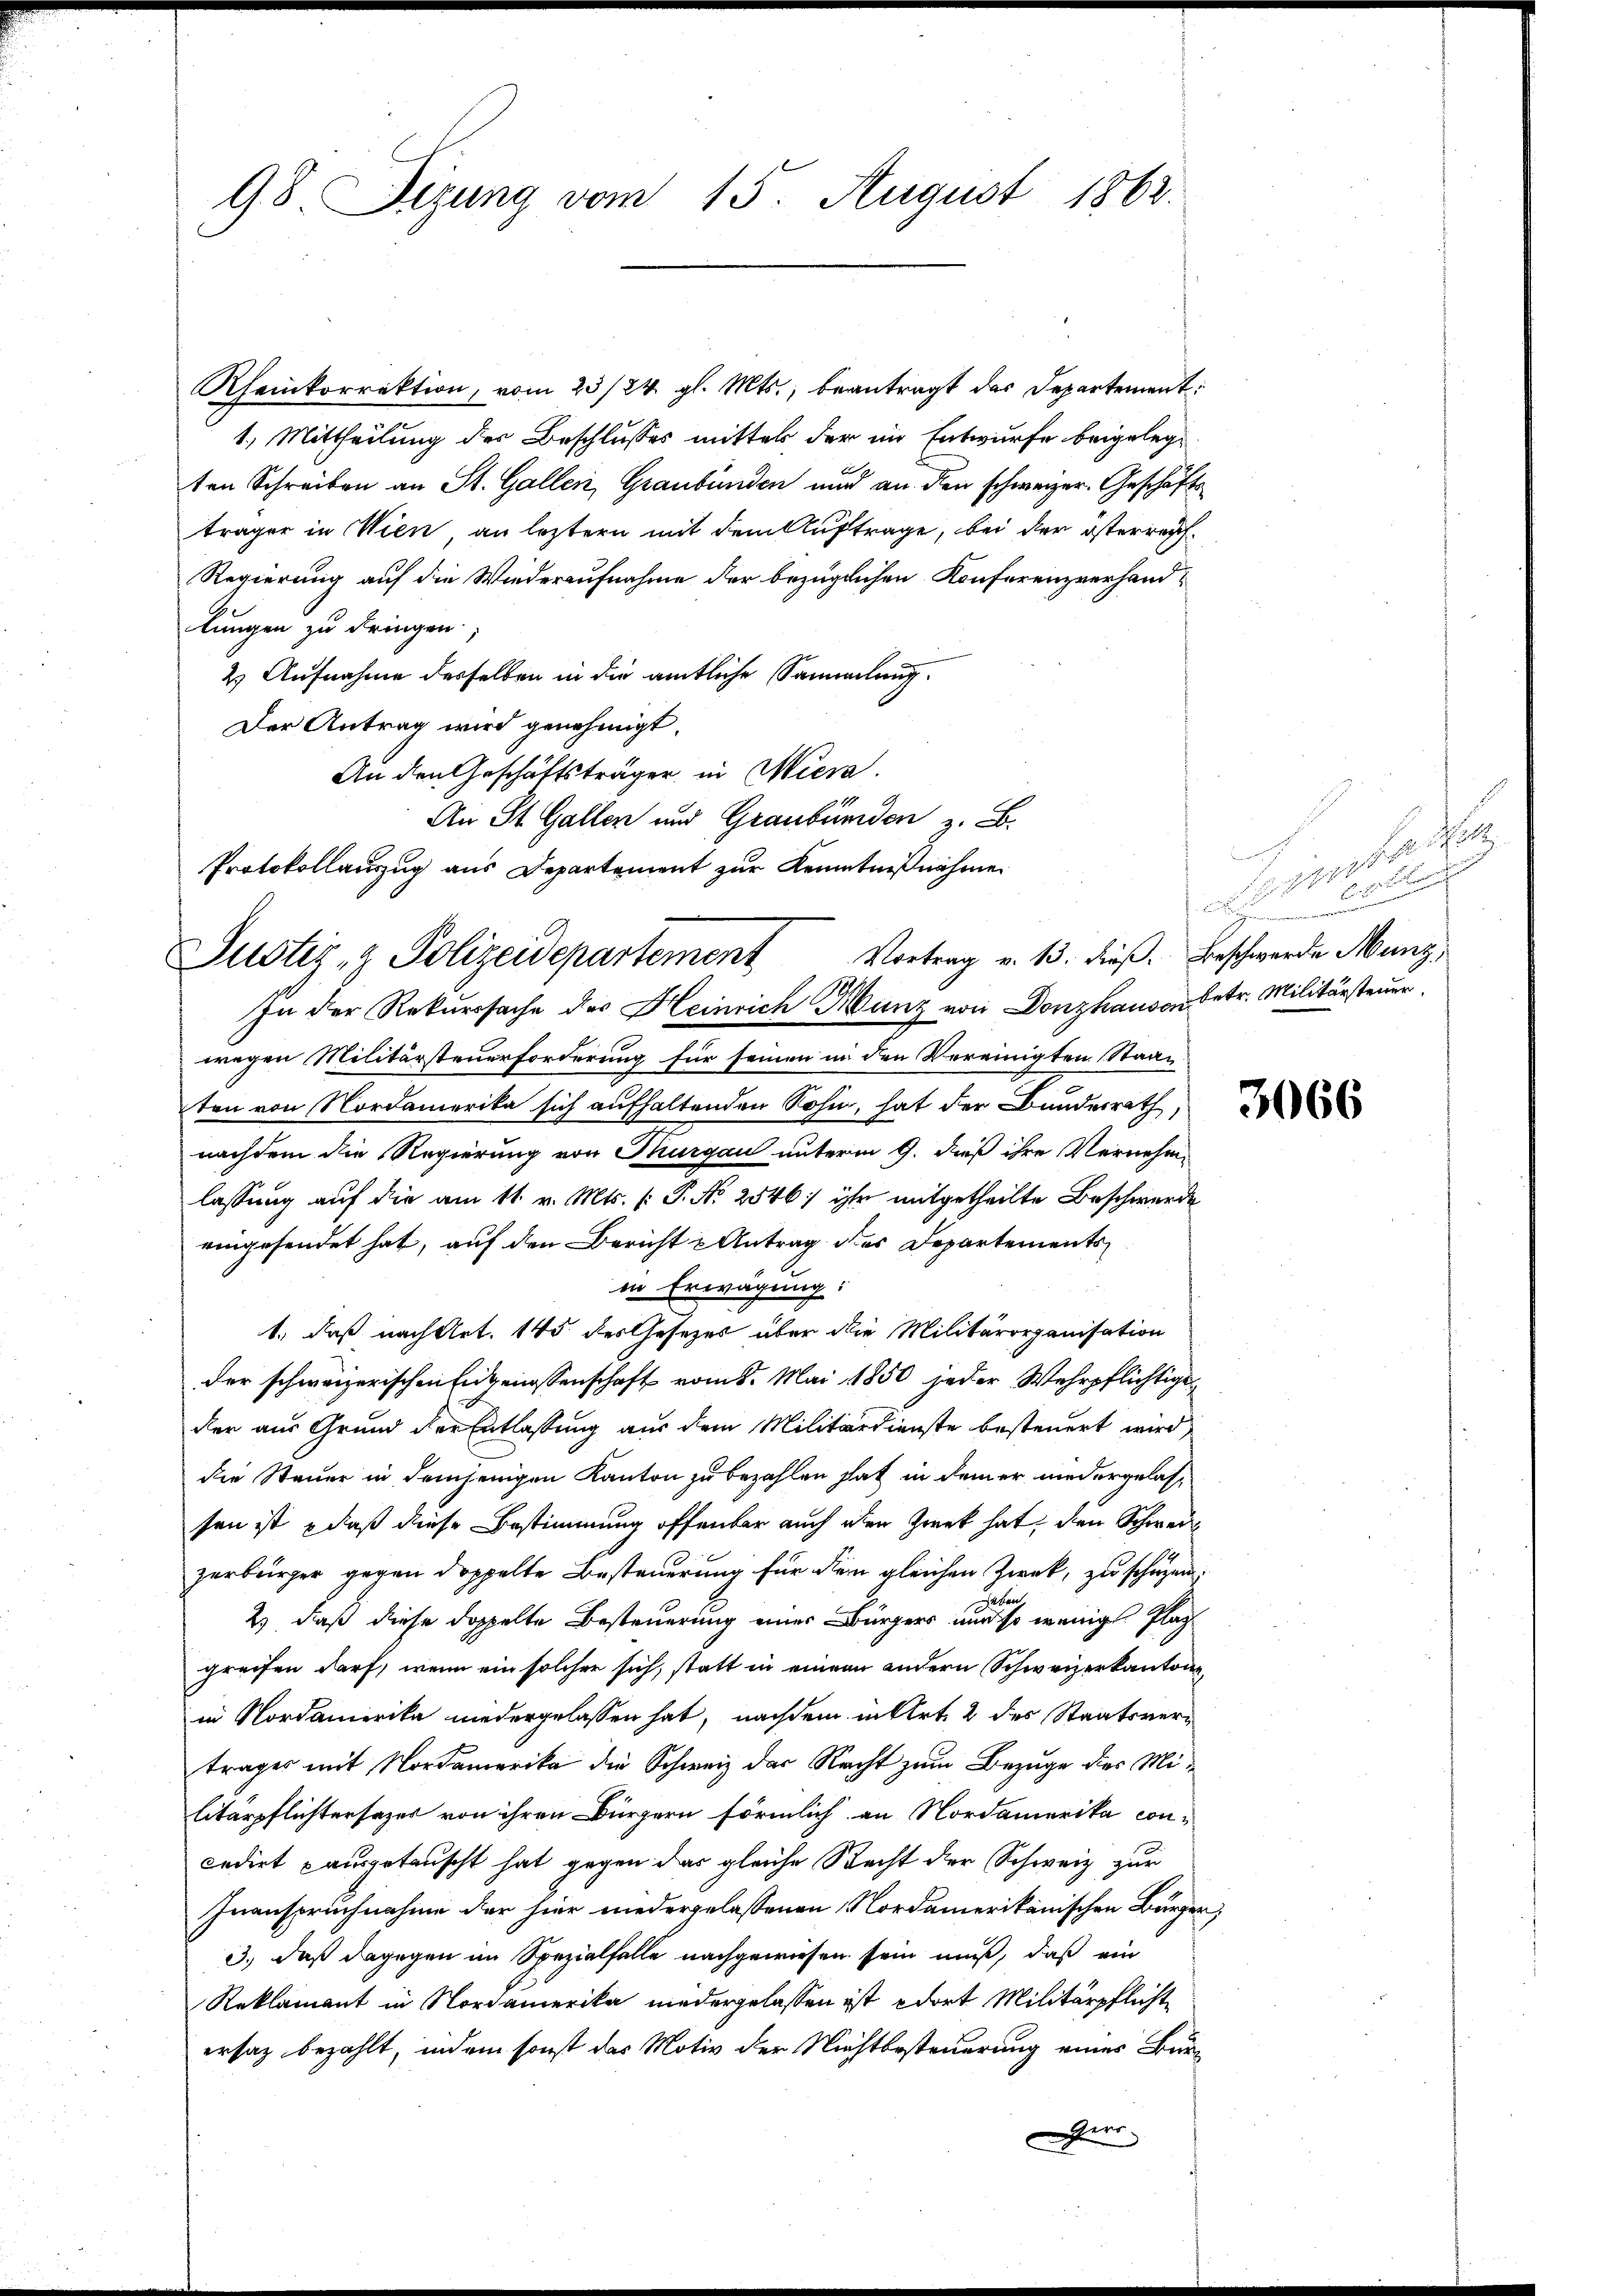
98. Sizung vom 15. August 1862.

Justiz- & Polizeidepartement Vortrag v. 13. dieß. Beschwerde Munz
In der Rekurssache des Heinrich Hunz von Donzhausen betr. Militärsteuer

Rheinkorrektion, vom 23/24. gl. Mts., beantragt das Departement
1.) Mittheilung des Beschlusses mittel der im Entwurfe beigelegten Schreiben an St. Gallen, Graubünden und an den schweizer. Geschäftsträger in Wien, an leztern mit dem Auftrage, bei der österreich¬
Regierung auf die Wiederaufnahme der bezüglichen Konferenzverhandlungen zu dringen.
2) Aufnahme desselben in die amtliche Sammlung
Der Antrag wird genehmigt.
An den Geschäftsträger in Miera.
An St. Gallen und Graubünden z. B.
Protokollauszug aus Departement zur Kenntnißnahme

wegen Militärsteuerforderung für seinen in den Vereinigten Staat
ten von Nordamerika sich aufhaltenden Sohn, hat der Bundesrath,
nachdem die Regierung von Thurgau unterm 9. dieß ihre Vernehmlassung auf die am 11. v. Mts. (: P. N. 2546) ihr mitgetheilte Beschwerde
eingesendet hat, auf den Bericht u Antrag des Departementsin Erwägung:
1., daß nach Art. 145 des Gesetzes über die Militärorganisation
der schweizerischen Eigenossenschaft vom 8. Mai 1850 jeder Wehrpflichtige
der aus Grund der Entlassung aus dem Militärdienste besteuert wird,
die Steuer in demjenigen Kanton zu bezahlen hat in dem er niedergelassen ist, daß diese Bestimmung offenbar auch den Zwek hat, den Schweiz
zerbürger gegen doppelte Besteuerung für dem gleichen Zweck, zu schuzen.
Jaben
2.) daß diese doppelte Besteuerung einer Bürgers nur so wenig Plaz
greifen darf, wenn ein solcher sich, statt in einem andern Schweizerkantone
in Nordamerika niedergelassen hat, nachdem in Art. 2 des Staatsvertrages mit Nordamerika die Schweiz der Recht zum Bezuge des Militärpflichtersazer von ihren Bürgern förmlich an Nordamerika concediet ausgetauscht hat gegen das gleiche Recht der Schweiz zur
Inanspruchnahme der hier niedergelassenen Nordamerikanischen Bürger
3., daß dagegen im Spezialfalle nachgewiesen sein muß, daß ein
Reklamant in Nordamerika niedergelassen ist dort Militärpflicht
ersaz bezahlt, indem sonst das Motiv der Nichtbesteuerung eines Bür¬
Herr

e
te
e

3066